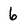
Character: 6